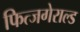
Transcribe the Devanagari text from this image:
फित्जगेराल्ड